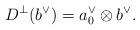
LaTeX: \begin{align*} D^\perp(b^\vee) &= a_0^\vee\otimes b^\vee.\end{align*}